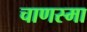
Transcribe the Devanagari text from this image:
चाणस्मा